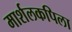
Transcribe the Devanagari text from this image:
मार्शलकपिला